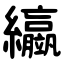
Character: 䌱